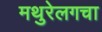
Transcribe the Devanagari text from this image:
मथुरेलगचा